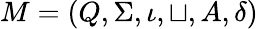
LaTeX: M=(Q,\Sigma,\iota,\sqcup,A,\delta)